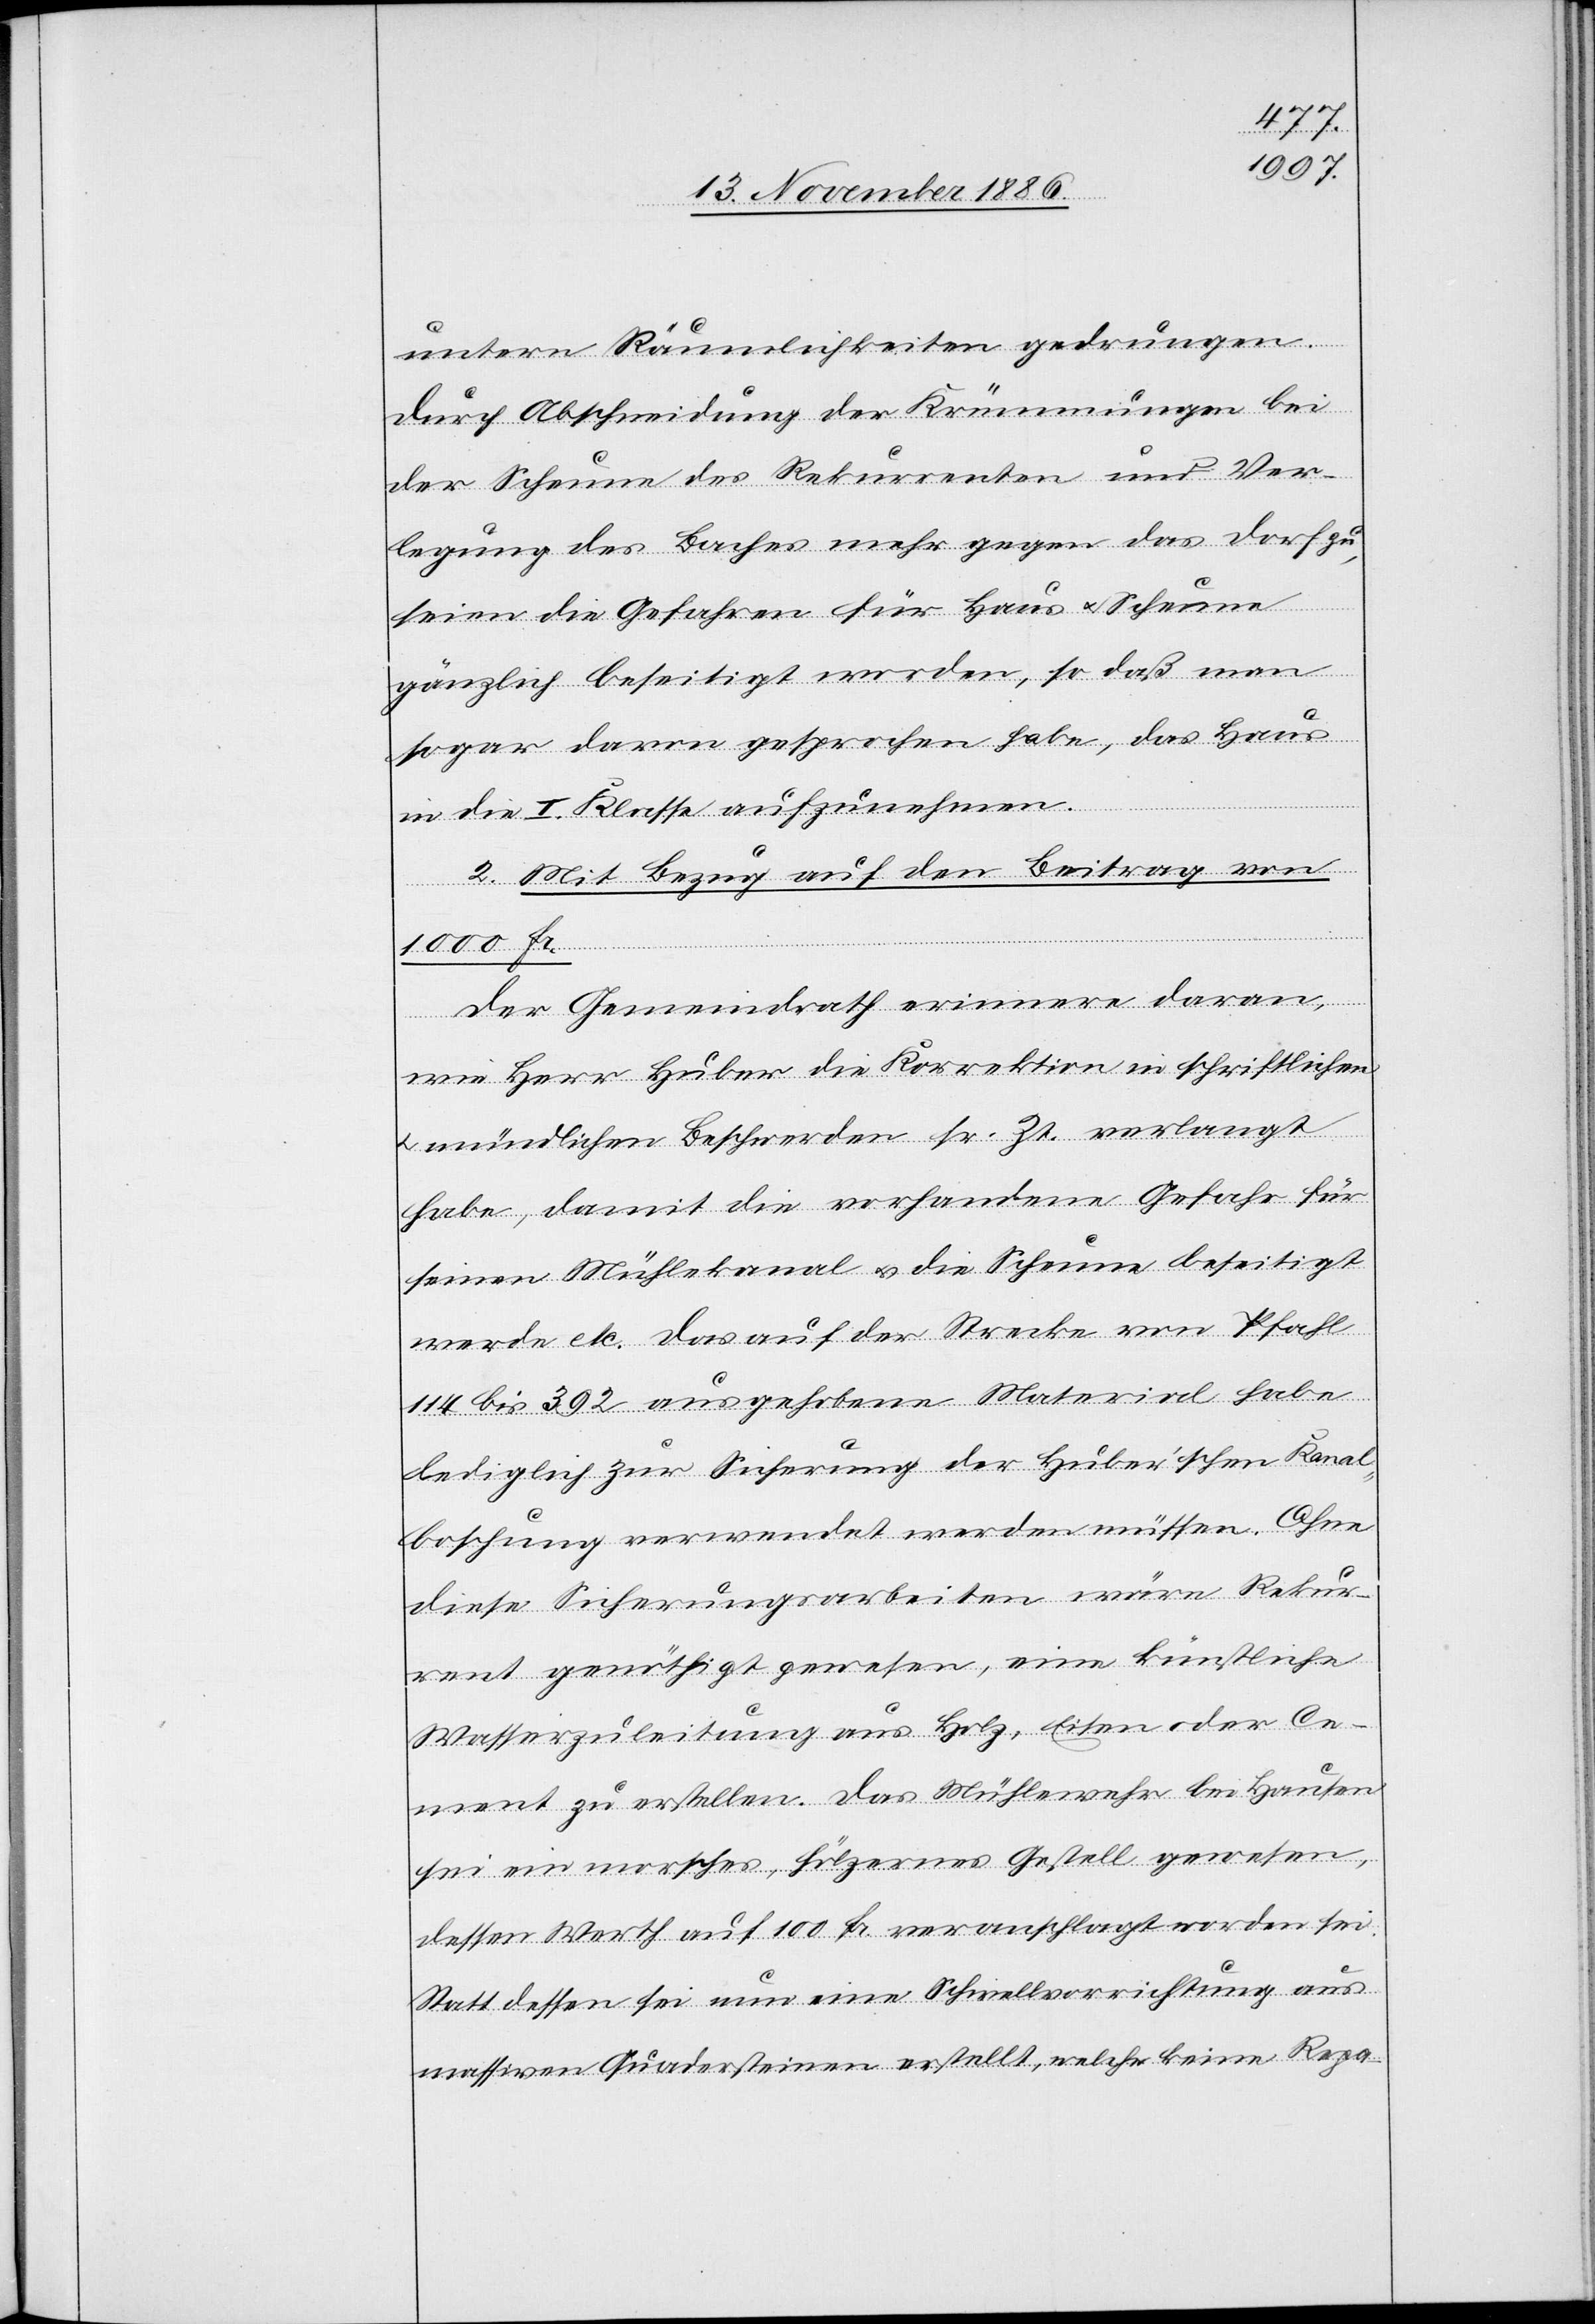
untern Räumlichkeiten gedrungen.
Durch Abschneidung der Krümmungen bei
der Scheune des Rekurrenten und Ver¬
legung des Baches mehr gegen das Dorf zu,
seien die Gefahren für Haus & Scheune
gänzlich beseitigt worden, so daß man
sogar davon gesprochen habe, das Haus
in die I. Klasse aufzunehmen.
2. Mit Bezug auf den Beitrag von
1000 Fr.
Der Gemeindrath erinnere daran,
wie Herr Huber die Korrektion in schriftlichen
&
mündlichen Beschwerden sr. Zt. verlangt
habe, damit die vorhandene Gefahr für
seinen Mühlekanal & die Scheune beseitigt
wird etc. Das auf der Strecke von Pfahl
114 bis 392 ausgehobene Material habe
lediglich zur Sicherung der Huber’schen Kanal¬
boschung [sic!] verwendet werden müssen. Ohne
diese Sicherungsarbeiten wäre Rekur¬
rent genöthigt gewesen, eine künstliche
Wasserzuleitung aus Holz, Eisen oder Ce¬
ment zu erstellen. Das Mühlewehr bei Hausen
sei ein morsches, hölzernes Gestell gewesen,
dessen Werth auf 100 Fr. veranschlagt worden sei.
Statt dessen sei nun eine Schwellvorrichtung aus
massiven Quadersteinen erstellt, welche keine Repa-